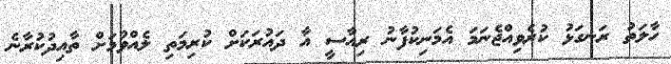
ހާލަތު ރަނގަޅު ކުރެވިއްޖެނަމަ އެމަނިކުފާނު ރިއާސީ އާ ދައުރަކަށް ކުރިމަތި ލެއްވުމަށް ތާއިދުކުރާނެ